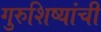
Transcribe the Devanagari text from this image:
गुरुशिष्यांची